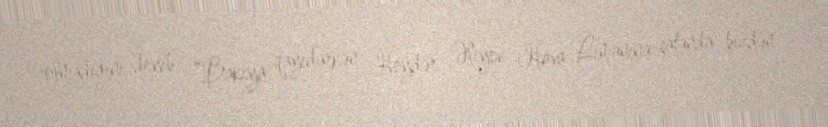
olmadığını deyib: “Bakıya qayıdarkən Heydər Əliyev Hava Limanına çatanda bizdən